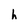
Character: h